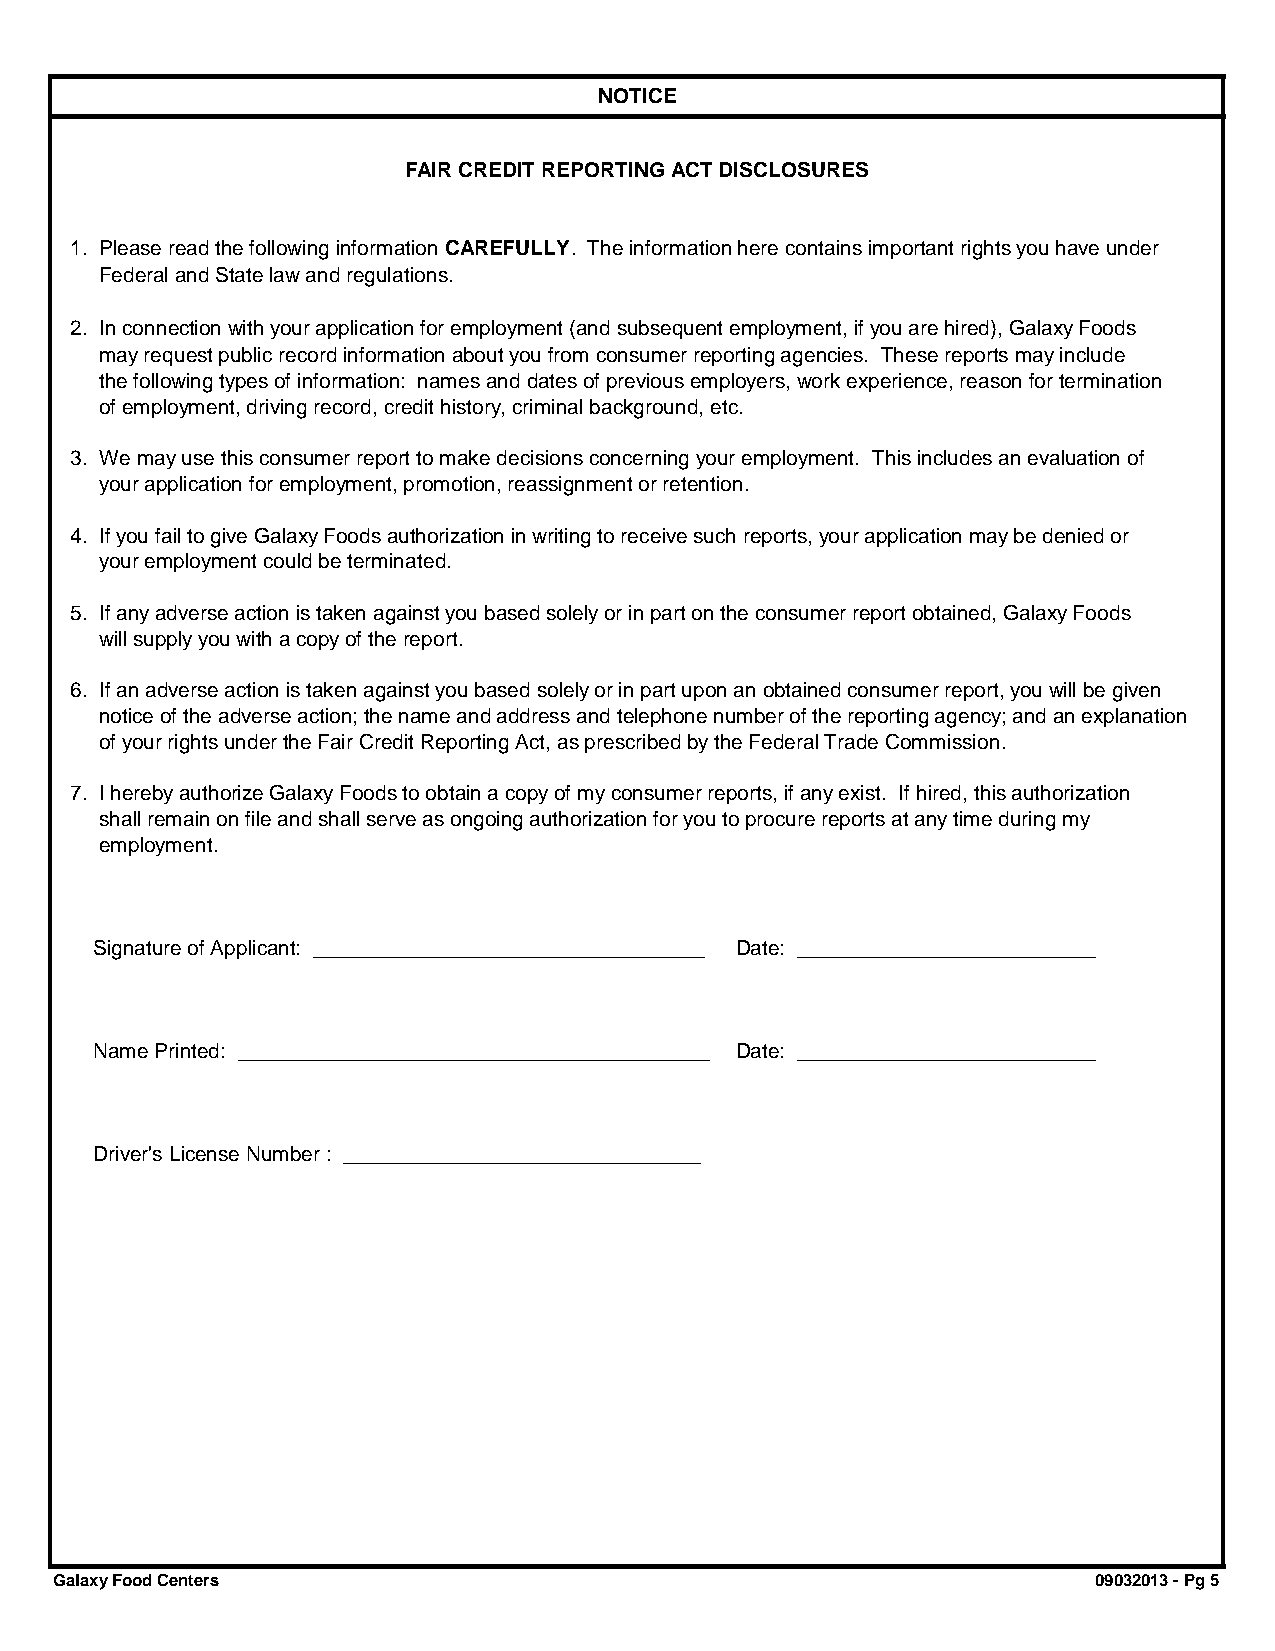
NOTICE
 FAIR CREDIT REPORTING ACT DISCLOSURES
 1. Please read the following information CAREFULLY. The information here contains important rights you have under
 Federal and State law and regulations.
 2. In connection with your application for employment (and subsequent employment, if you are hired), Galaxy Foods
 may request public record information about you from consumer reporting agencies. These reports may include
 the following types of information: names and dates of previous employers, work experience, reason for termination
 of employment, driving record, credit history, criminal background, etc.
 3. We may use this consumer report to make decisions concerning your employment. This includes an evaluation of
 your application for employment, promotion, reassignment or retention.
 4. If you fail to give Galaxy Foods authorization in writing to receive such reports, your application may be denied or
 your employment could be terminated.
 5. If any adverse action is taken against you based solely or in part on the consumer report obtained, Galaxy Foods
 will supply you with a copy of the report.
 6. If an adverse action is taken against you based solely or in part upon an obtained consumer report, you will be given
 notice of the adverse action; the name and address and telephone number of the reporting agency; and an explanation
 of your rights under the Fair Credit Reporting Act, as prescribed by the Federal Trade Commission.
 7. I hereby authorize Galaxy Foods to obtain a copy of my consumer reports, if any exist. If hired, this authorization
 shall remain on file and shall serve as ongoing authorization for you to procure reports at any time during my
 employment.
 Signature of Applicant: __________________________________ Date: __________________________
 Name Printed: _________________________________________ Date: __________________________
 Driver's License Number : _______________________________
 Galaxy Food Centers                                                  09032013 - Pg 5